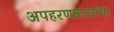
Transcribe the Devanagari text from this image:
अपहरणकत्यांचा